Bréfritari: Sigríður Pálsdóttir
Viðtakandi: Páll Pálsson
Dagsetning: A-1864-11-04
Skrifað á: Breiðabólsstað  Rang.
Páll var bróðir Sigríðar

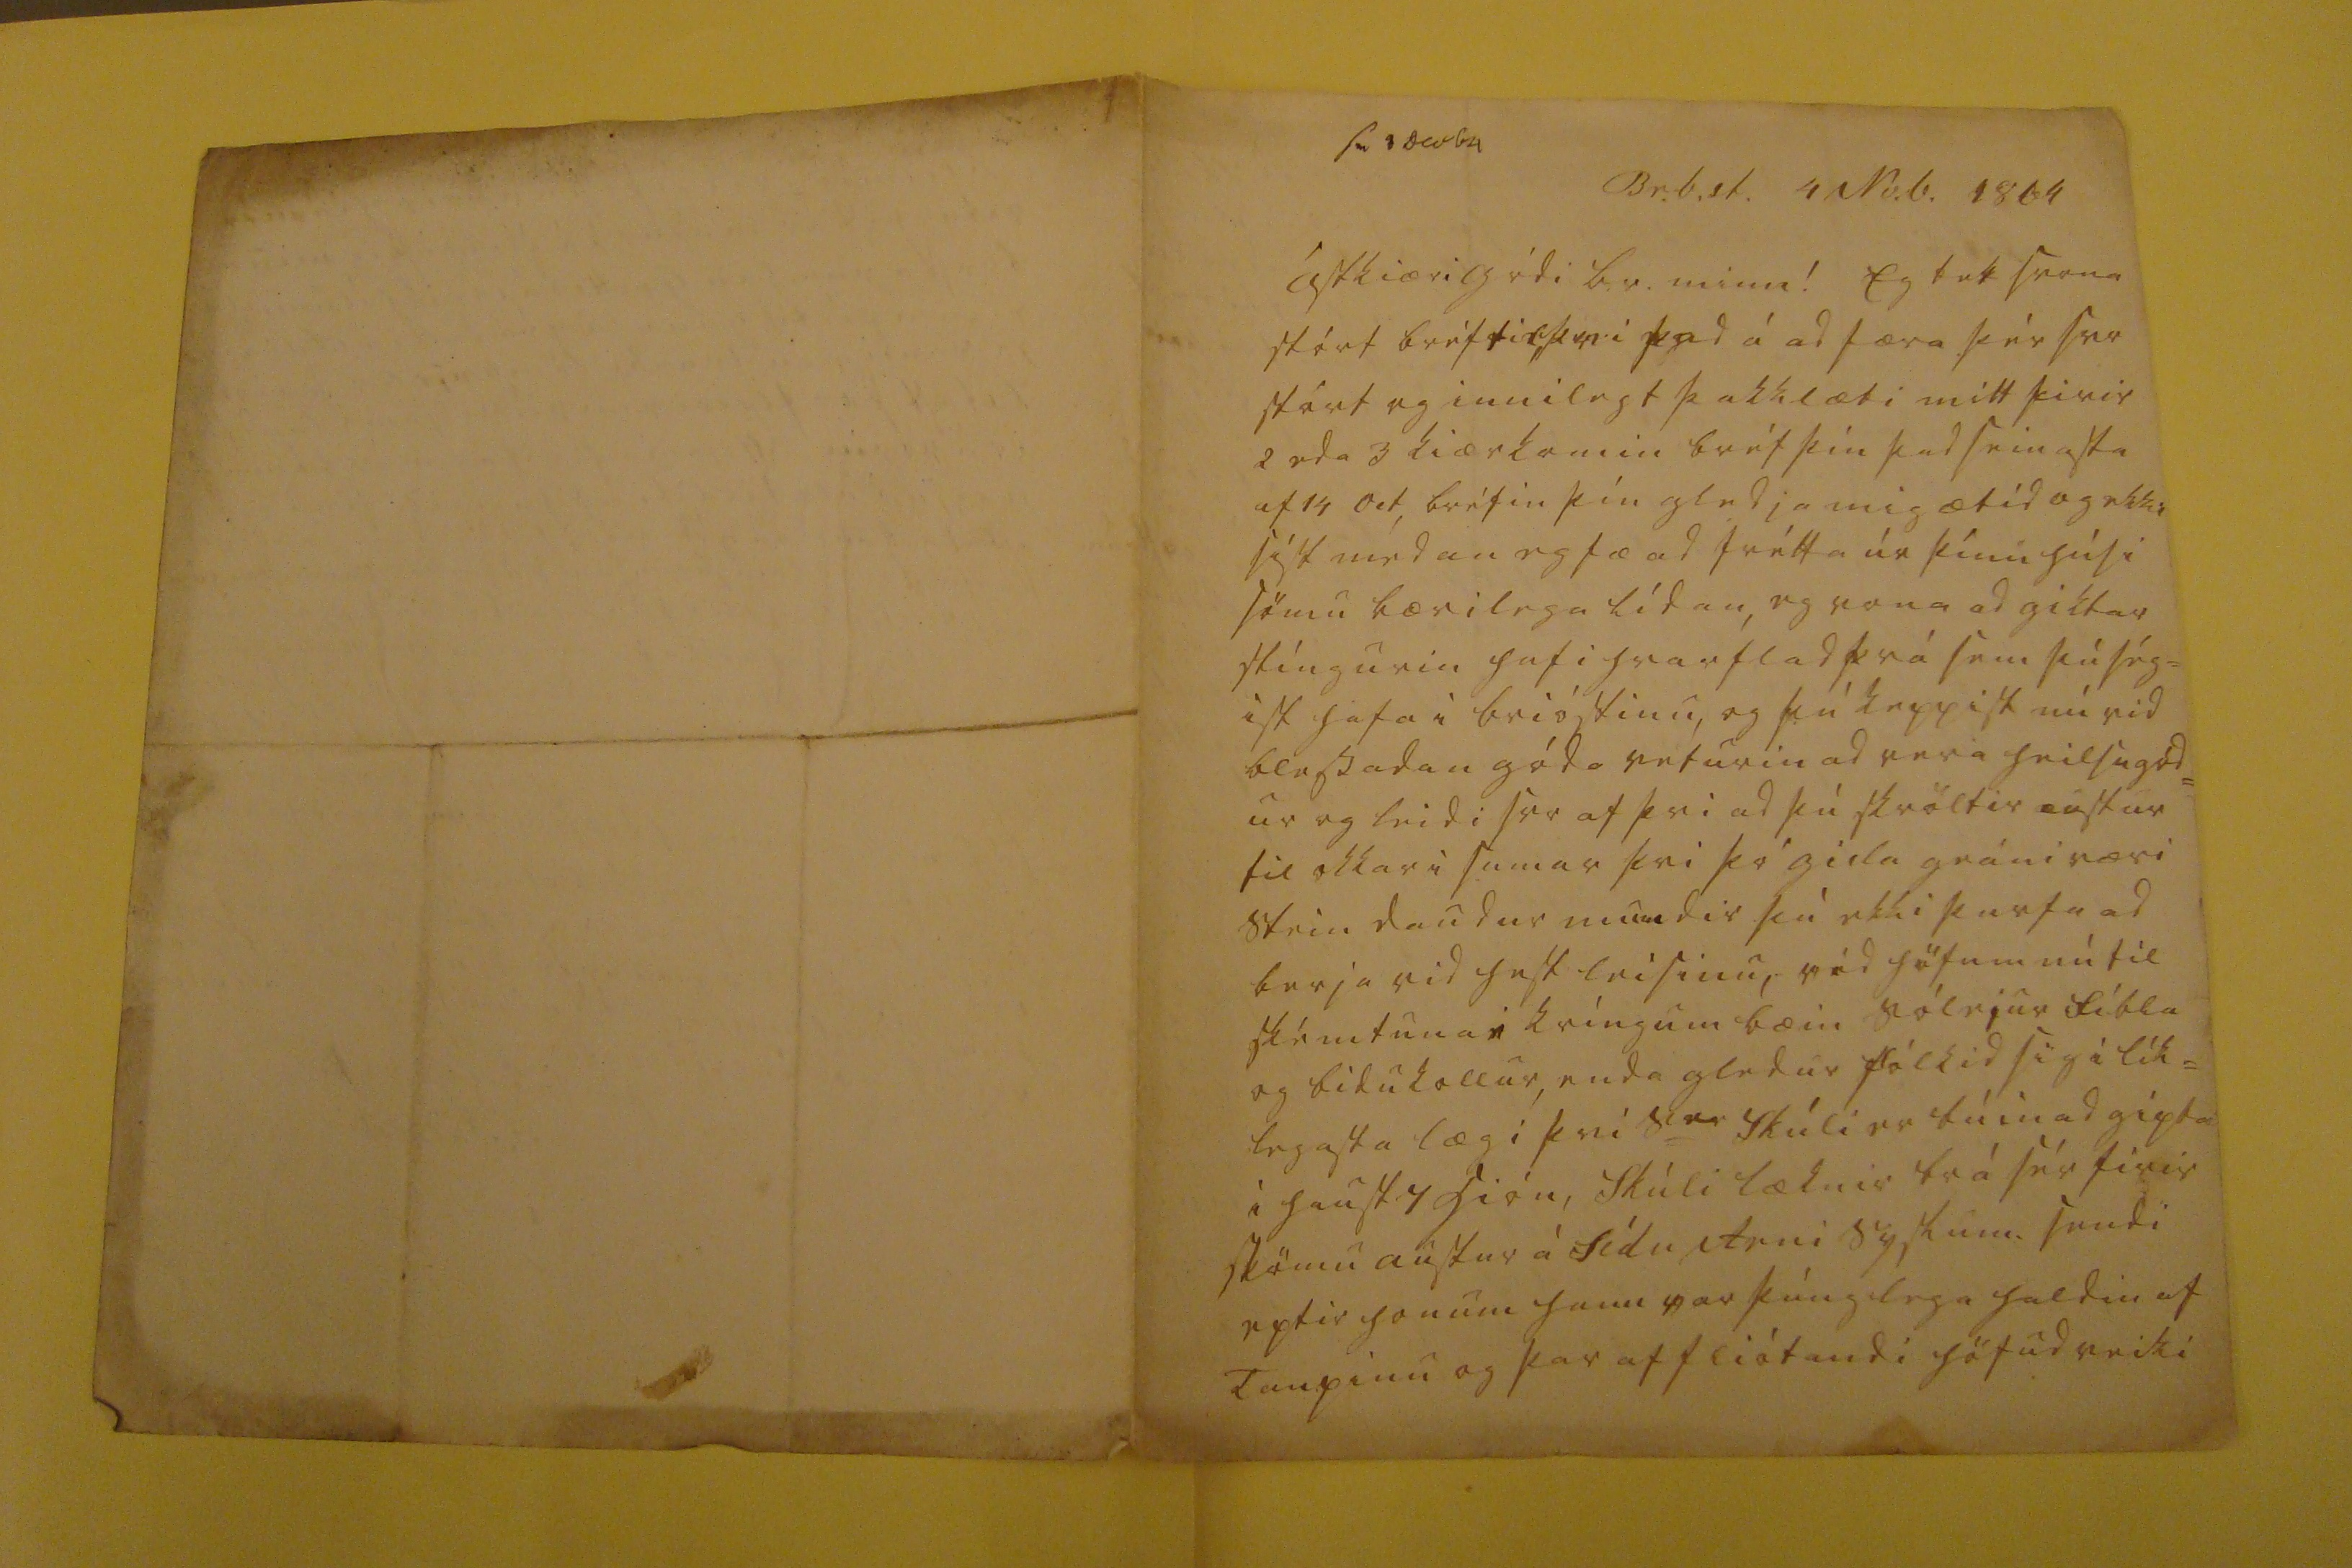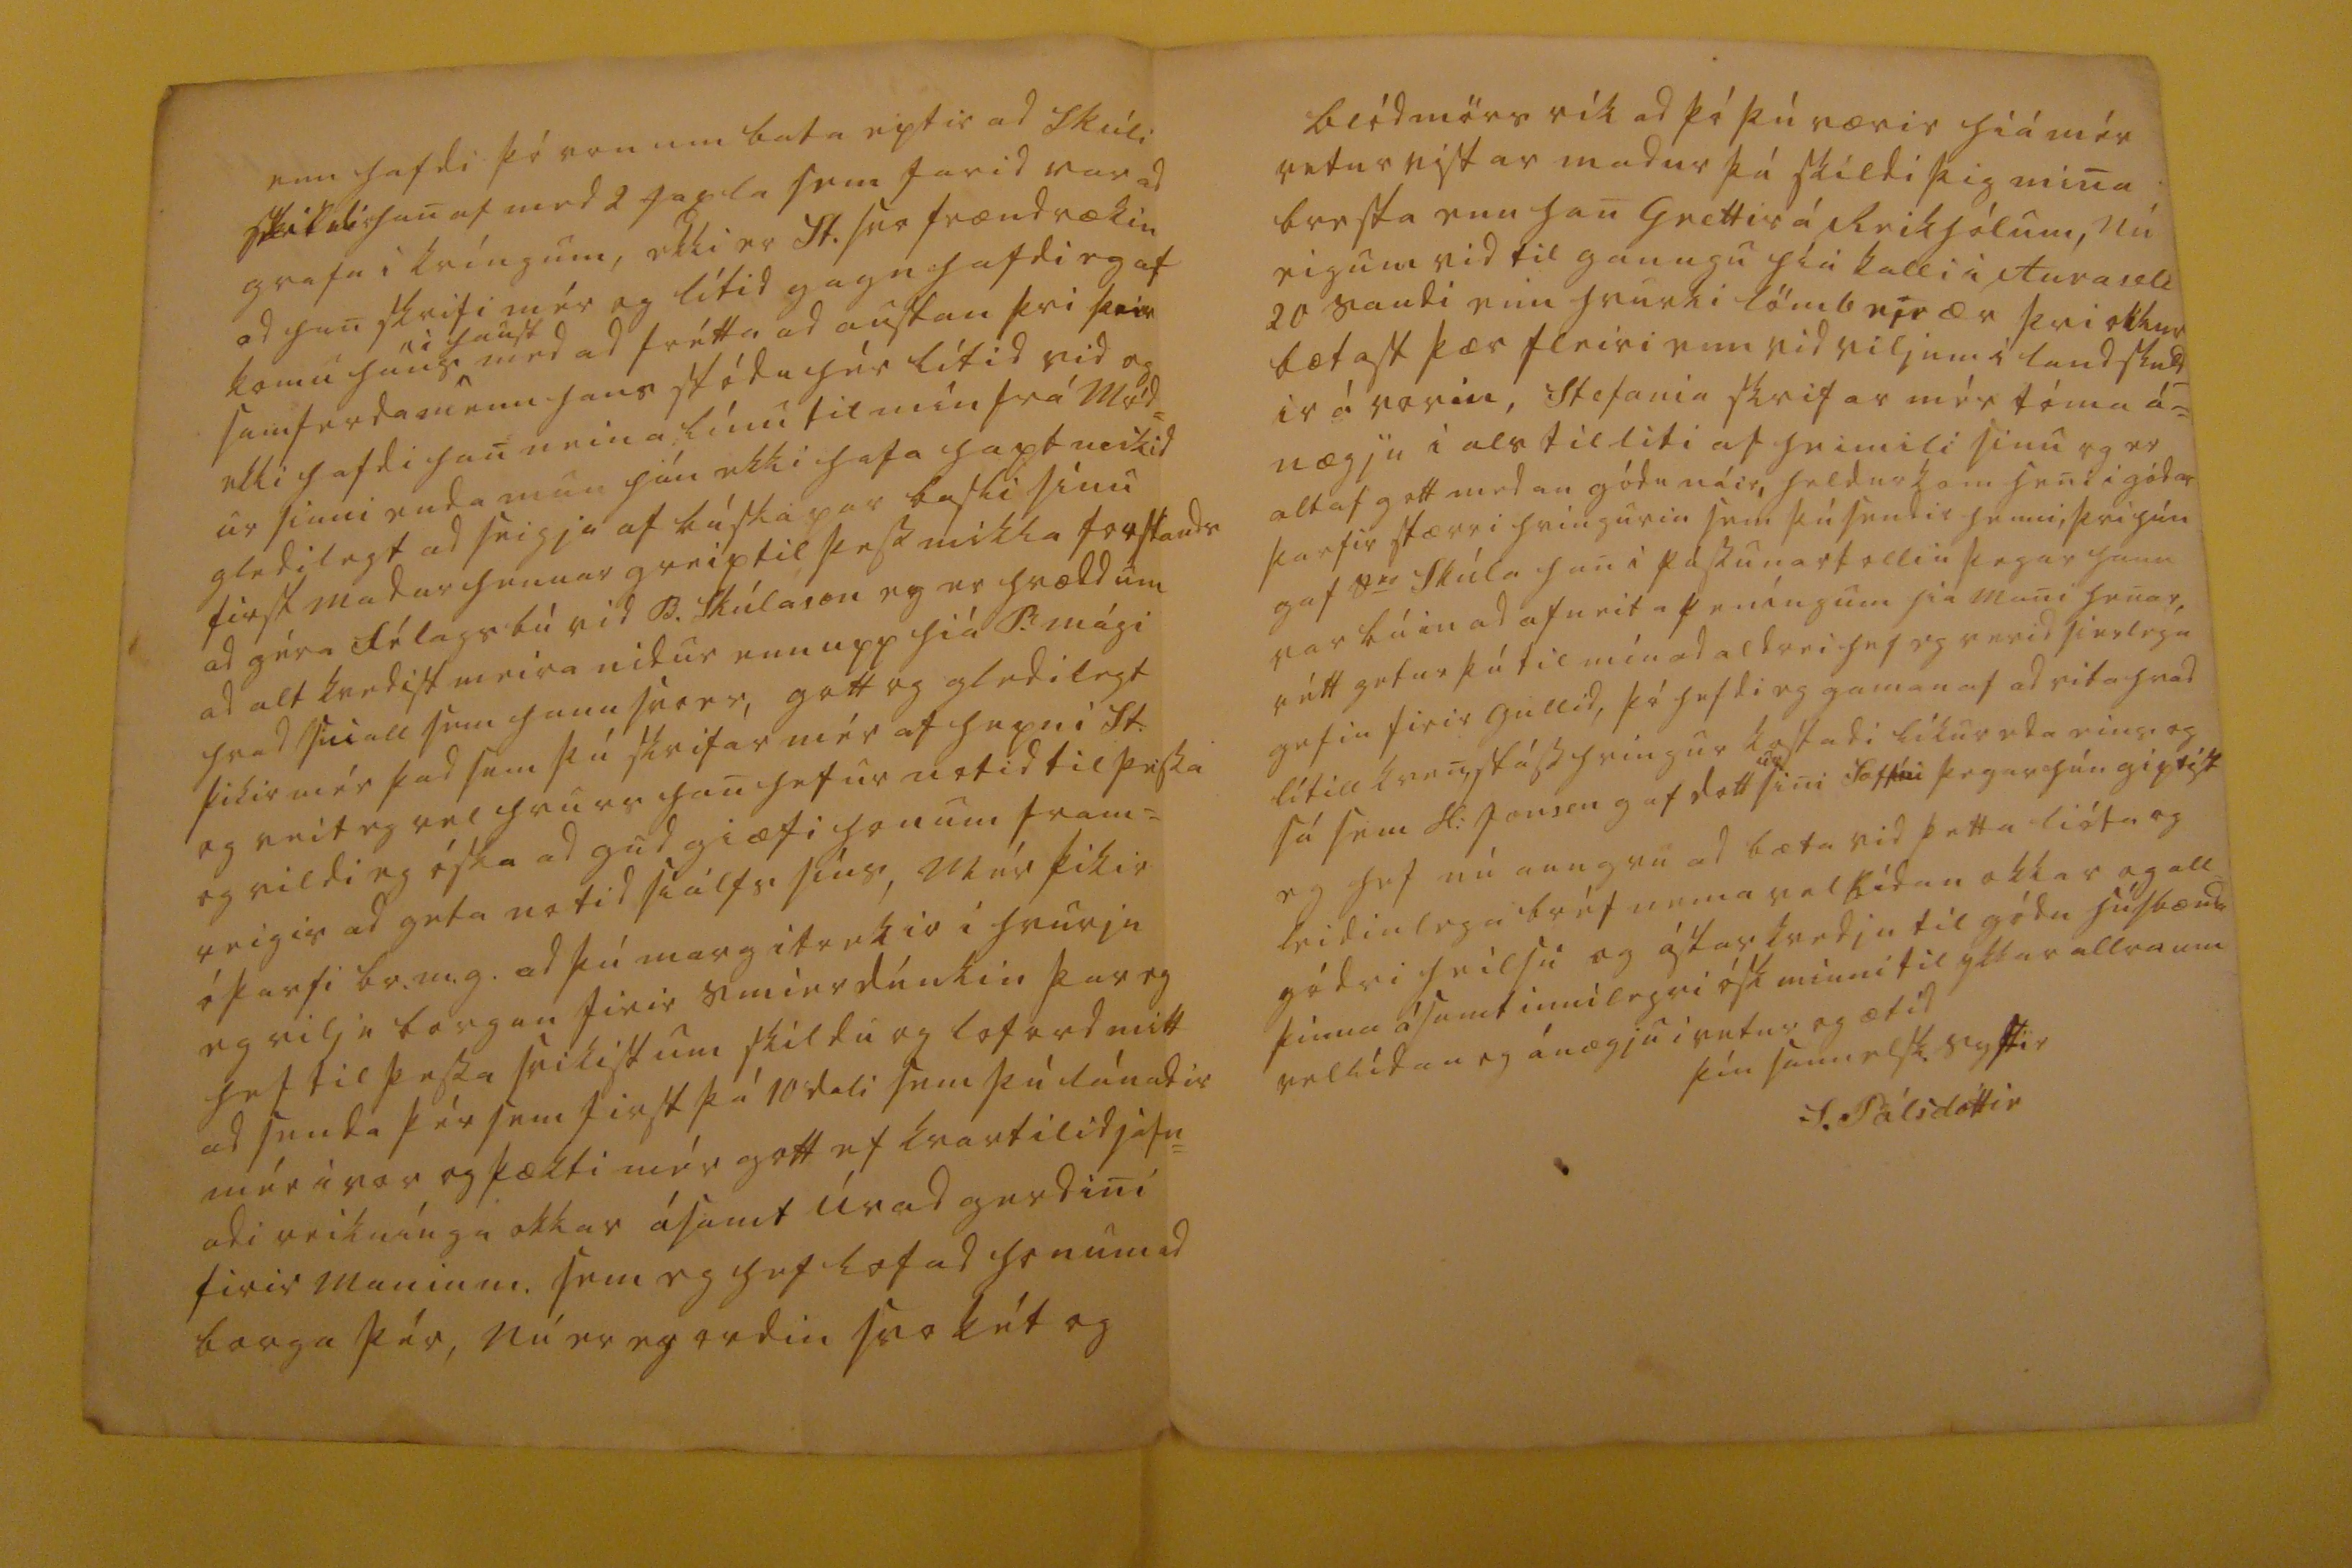

sv 8 Dec 64
Br.b.st. 4 No.b. 1864
ástkiæri gódi br. minn!
Eg tek svona stórt bréf til þvi þad á ad færa þér svo stórt og innilegt þakklæti mitt firir 2 eda 3 kiærkomin bréf þín þad seinasta af 14 Oct, bréfin þín gledja mig ætíd og ekki sést medan eg fæ ad frétta úr þínu húsi sömu bærilega lídan, eg vona ad giktar stíngurin hafi hvarflad frá sem þú ség= ist hafa i brióstinu, og þú keppist nú vid blessadan góda veturin ad vera heilsugód= ur og leidi svo af þvi ad þú skröltir austur til okkar i sumar þvi þó
gisla
gráni væri stein daudur mundir þú ekki þurfa ad berja vid hest leisinu, rád höfum nú til skémtunar kríngum bæin sólejur fíbla og bidukollur, renda gledur fólkid sig i lík= legasta lægi þvi s
er
Skúli er búin ad gipta i haust 4 hión, Skúli læknir brá sér firir skömu austur á Sídu Arni Syslum. sendi eptir honum hann var þúnglega haldin af Tanpínu og þar af fliótandi höfudveiki
enn hafdi þó von um bata eptir ad Skúli
skildi
han af med 2 jaxla sem farid var ad grafa i kríngum, ekki er St. svo frændrækin ad han skrifi mér og lítid gagn hafdi eg af komu hans
i haust
med ad frétta ad austan þvi þeir samferdamenn hans stódu hér lítid vid og ekki hafdi han neina línu til mín frá mód= ur sinni enda mun hún ekki hafa hapt mikid gledilegt ad seigja af búskapar basli sínu first madur hennar greip til þess mikla forstands ad géra félagsbú vid B. Skúlason eg er hrædd um ad alt kvedist meira nidur enn upp hiá B. mági hvad sniall sem hann svo er, gott og gledilegt þikir mér þad sem þú skrifar mér af hepni St. og veit eg vel hvurs han hefur notid til þessa og vildi eg óska ad gud giæfi honum fram= veigis ad geta notid siálfs síns, Mér þikir óþarfi br.m.g. ad þú marg itrekir i hvurju eg vilj
i borgan
firir smierdúnkin þar eg hef til þessa svikist um skildu og loford mitt ad senda þér sem first þá 10 dali sem þú lánadir mér i vor og þækti mér gott ef kvartilid jafn= adi reiknínga okkar ásamt úrad gerdini firir Manin m. sem eg hef lofad honum ad borga þér, Nú er eg ordin svo kát og
blídmörs rík ad þó þú værir hiá mér vetur vistar madur þá skildi þig mina bersta enn han Grettir á Reikhólum, nú eigum vid til gaungu híá kalli i Auraseli 20 saudi enn hvurki lömb nie ær þvi okkur bætast þær fleiri enn vid viljum i landskuld_ ir á vorin, Stefania skrifar mér tóma á= nægju i als tilliti af heimili sinu og er altaf gott medan gódu náir, heldur kom heni gódar þarfir stærri hríngurin sem þú sendir henni, þvi hún gaf s
er
Skúla han i pássunartollin þegar hann var búin ad afneita peníngum hiá mani henar, rétt getur þú til mín ad aldrei hef eg verid sierlega gefin firir gullid, þó hefdi eg gaman af ad vita hvad lítill kvenstásshringur kostadi líkur eda eins og sá sem H: Jonsen gaf dott
ur
sini Soffíu þegar hún giptist eg hef nú aungvu ad bæta vid þetta lióta og leidinlega bréf nema vellídan okkar og all gódri heilsu og ástarkvedju til gódu húsbænda þinna ásamt innilegri ósk minni til ykkar allra um vellídan og ánægju i vetur og ætíd
þín sannelsk. systir
S. Pálsdóttir